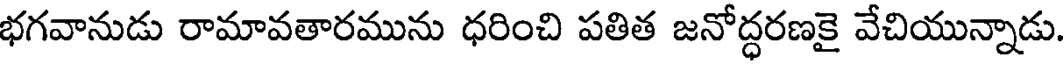
భగవానుడు రామావతారమును ధరించి పతిత జనోద్ధరణకై వేచియున్నాడు.